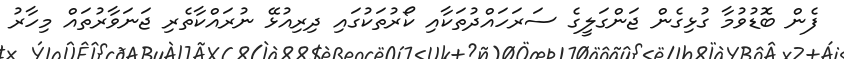
ފެން ބޮޑުވުމާ ގުޅިގެން ޖަންގަލީގެ ސަރަހައްދުތަކާއި ކޯރުތަކުގައި ދިރިއުޅޭ ނުރައްކާތެރި ޖަނަވާރުތައް މިހާރު